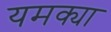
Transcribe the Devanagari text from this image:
यमक्या